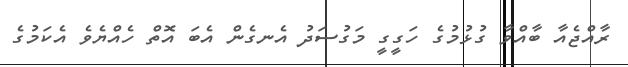
ރާއްޖެއާ ބާއްވާ ގުޅުމުގެ ހަގީގީ މަގުސަދު އެނގެން އެބަ އޮތް ހެއްޔެވެ އެކަމުގެ